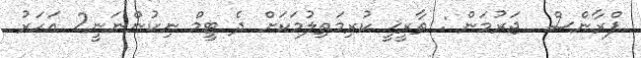
ފްރާންސް  ޖަރުމަން : ތާރީޚީ ކުރިމަތިލުމަކަށް ދެ ޓީމް ނިކުންނަނީ2 އަހަރު